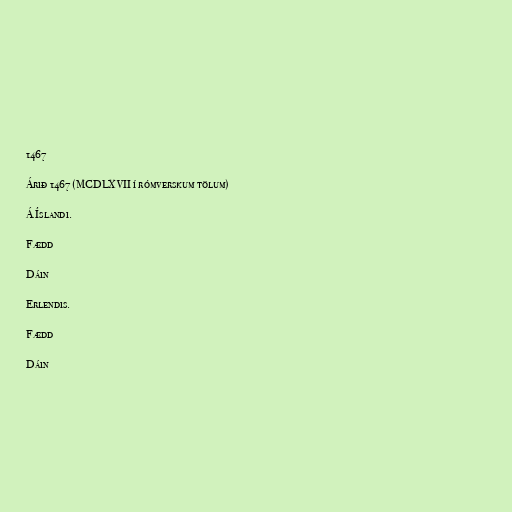
1467

Árið 1467 (MCDLXVII í rómverskum tölum)

Á Íslandi.

Fædd

Dáin

Erlendis.

Fædd

Dáin